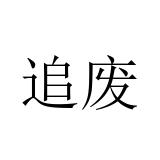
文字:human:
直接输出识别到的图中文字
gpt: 追废